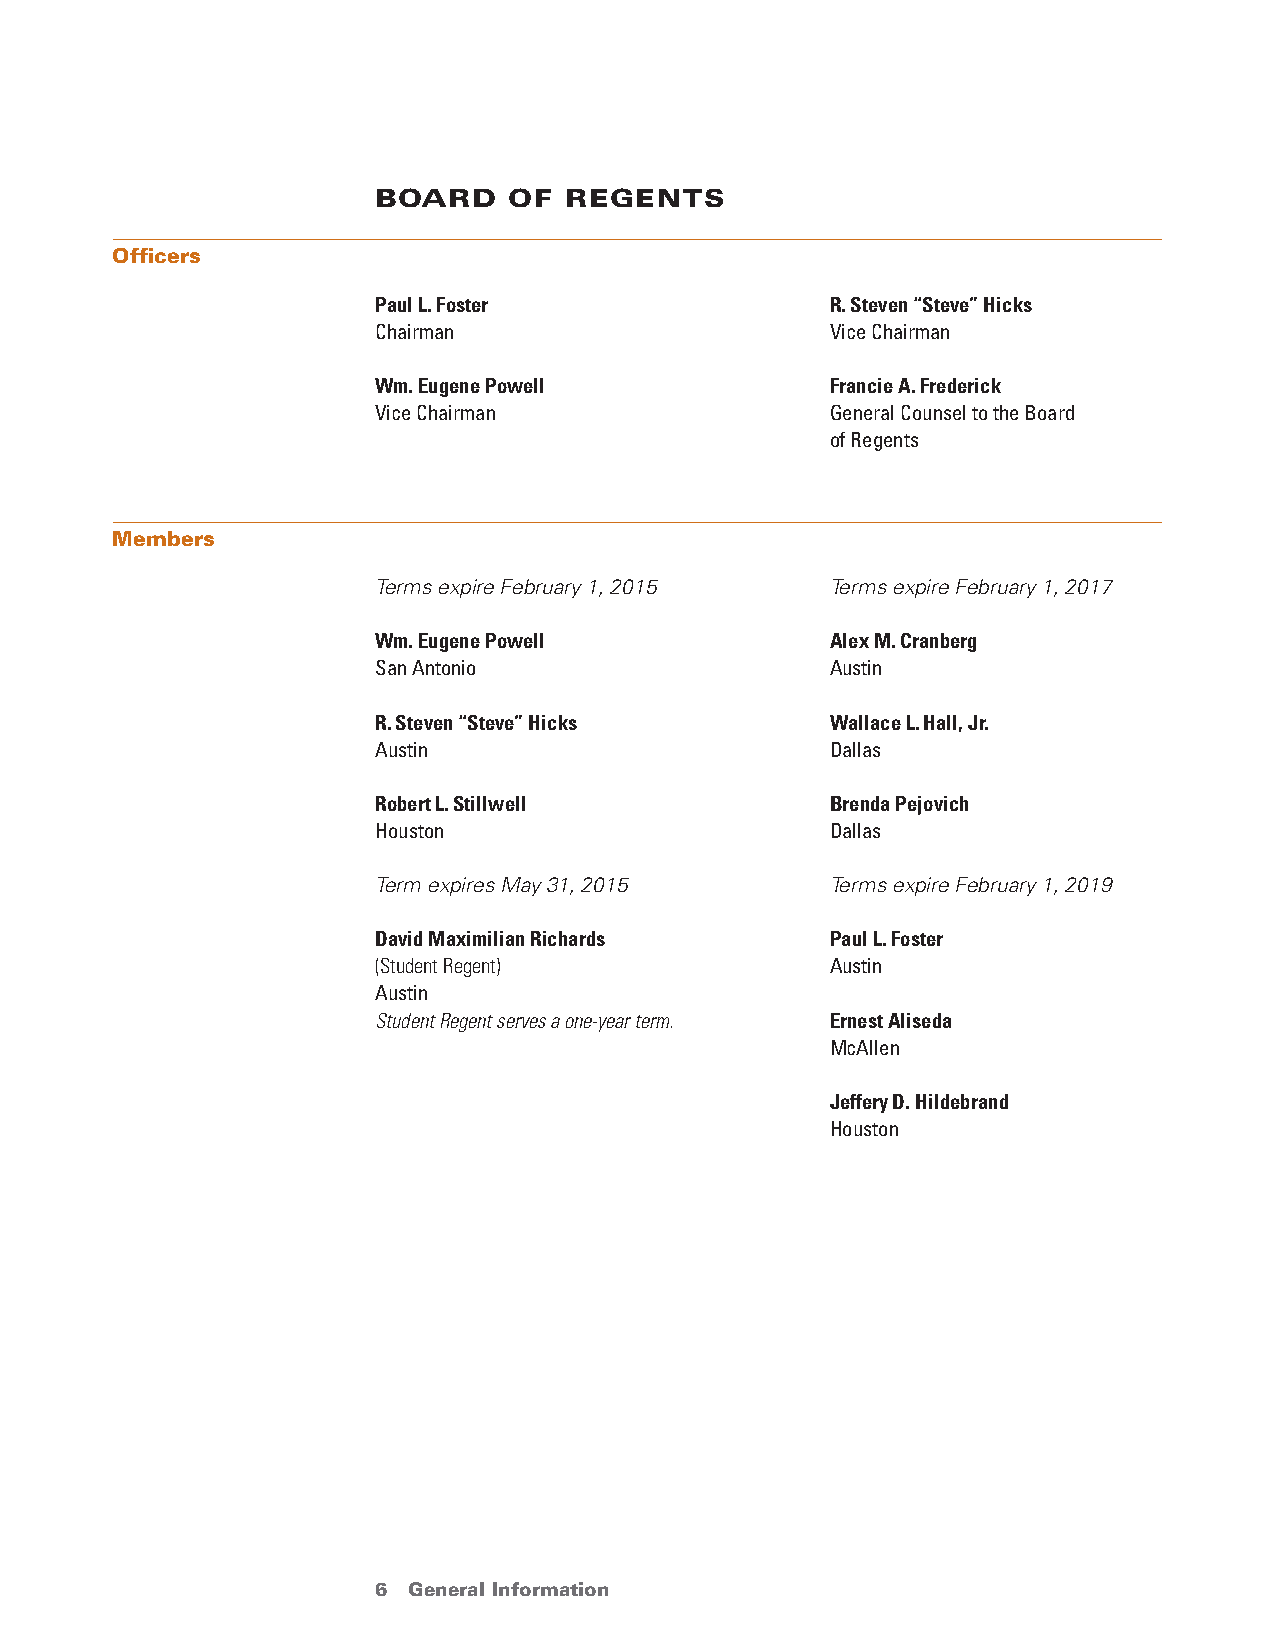
Board    of regents
 Officers
 Paul l. foster                r. Steven “Steve” Hicks
 Chairman                      Vice Chairman
 Wm. eugene Powell             francie a. frederick
 Vice Chairman                 General Counsel to the Board
 of Regents
 Members
 Terms expire February 1, 2015 Terms expire February 1, 2017
 Wm. eugene Powell             alex m. Cranberg
 San Antonio                   Austin
 r. Steven “Steve” Hicks       Wallace l. Hall, Jr.
 Austin                        Dallas
 robert l. Stillwell           Brenda Pejovich
 Houston                       Dallas
 Term expires May 31, 2015     Terms expire February 1, 2019
 David maximilian richards     Paul l. foster
 (Student Regent)              Austin
 Austin
 Student Regent serves a one-year term. ernest aliseda
 McAllen
 Jeffery D. Hildebrand
 Houston
 6 General Information                  return to Table of Contents